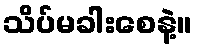
သိပ်မခါးစေနဲ့။